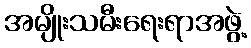
အမျိုးသမီးရေးရာအဖွဲ့